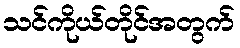
သင်ကိုယ်တိုင်အတွက်